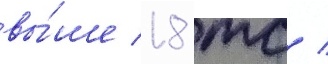
вы́ше 18 тс /